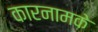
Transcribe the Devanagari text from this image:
कारनामके